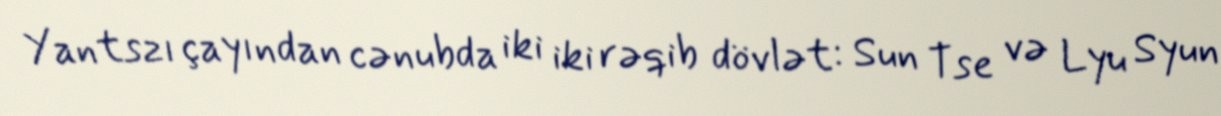
Yantszı çayından cənubda iki iki rəqib dövlət: Sun Tse və Lyu Syun